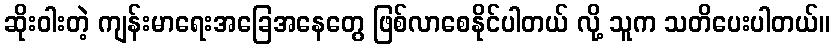
ဆိုးဝါးတဲ့ ကျန်းမာရေးအခြေအနေတွေ ဖြစ်လာစေနိုင်ပါတယ် လို့ သူက သတိပေးပါတယ်။